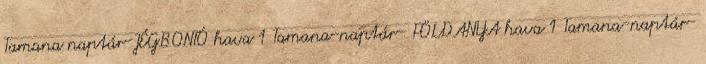
Tamana naptár-JÉGBONTÓ hava 1 Tamana-naptár- FÖLDANYA hava 1 Tamana-naptár-